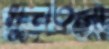
ধুনতলা